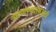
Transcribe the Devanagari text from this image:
आणण्यासाअठी